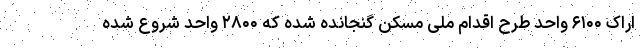
اراک ۶۱۰۰ واحد طرح اقدام ملی مسکن گنجانده شده که ۲۸۰۰ واحد شروع شده